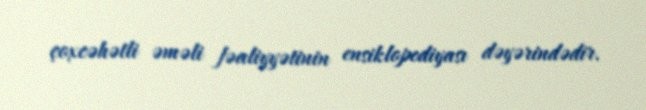
çoxcəhətli əməli fəaliyyətinin ensiklopediyası dəyərindədir.